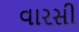
વારસી